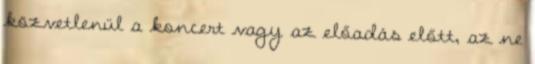
közvetlenül a koncert vagy az előadás előtt, az ne